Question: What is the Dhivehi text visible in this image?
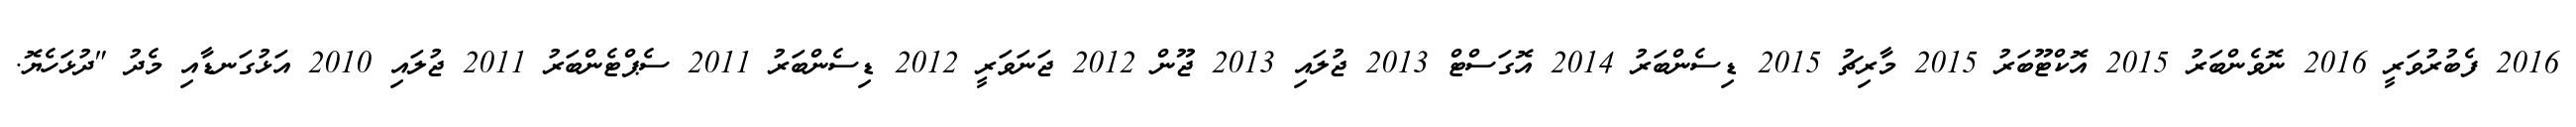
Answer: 2016 ފެބުރުވަރީ 2016 ނޮވެންބަރު 2015 އޮކްޓޫބަރު 2015 މާރިޗު 2015 ޑިސެންބަރު 2014 އޮގަސްޓް 2013 ޖުލައި 2013 ޖޫން 2012 ޖަނަވަރީ 2012 ޑިސެންބަރު 2011 ސެޕްޓެންބަރު 2011 ޖުލައި 2010 އަޅުގަނޑާއި މެދު "ދުޅަހެޔޮ.